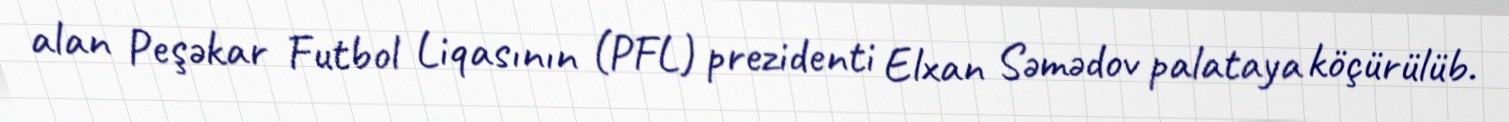
alan Peşəkar Futbol Liqasının (PFL) prezidenti Elxan Səmədov palataya köçürülüb.